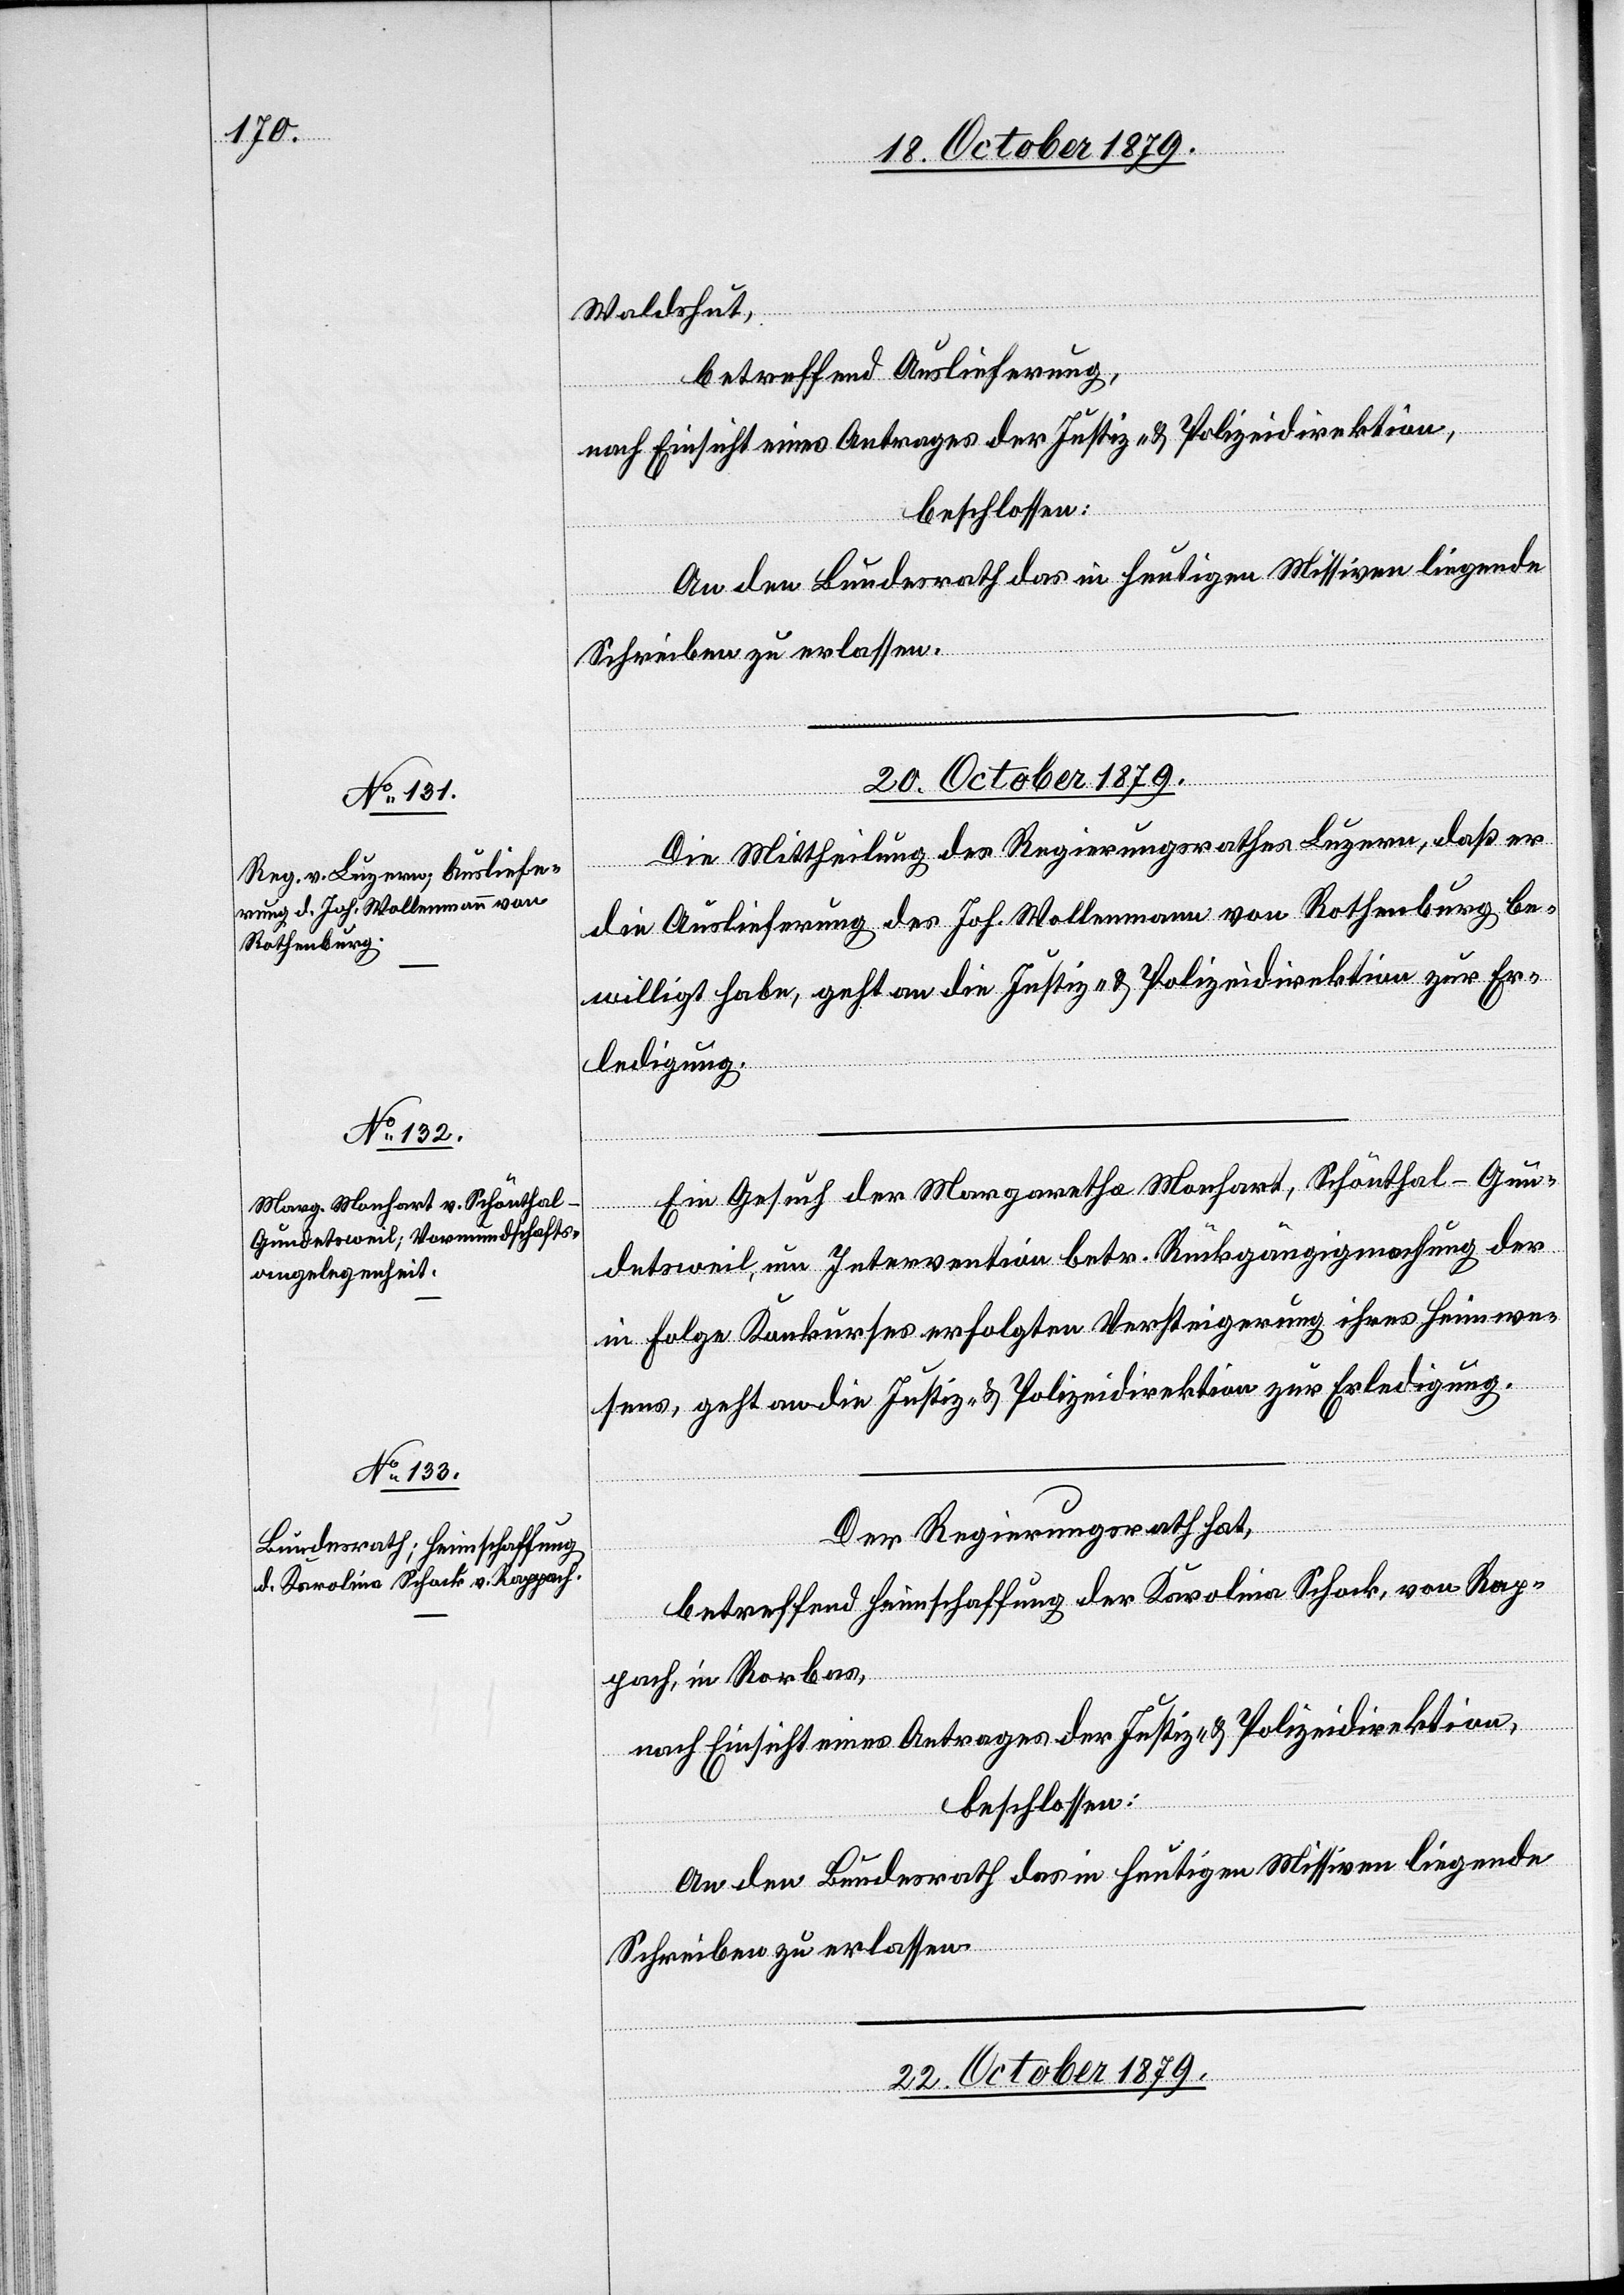
Waldshut,
betreffend Auslieferung,
nach Einsicht eines Antrages der Justiz- & Polizeidirektion,
beschlossen:
An den Bundesrath das in heutigen Missiven liegende
Schreiben zu erlassen.
20. October 1879.]
Die Mittheilung des Regierungsrathes Luzern, daß er
die Auslieferung des Joh. Wollenmann von Rothenburg be¬
willigt habe, geht an die Justiz- & Polizeidirektion zur Er¬
ledigung.
Ein Gesuch der Margaretha Manhart, Schönthal - Gun¬
detsweil, um Intervention betr. Rückgängigmachung der
in Folge Konkurses erfolgten Versteigerung ihres Heimwe¬
sens, geht an die Justiz- & Polizeidirektion zur Erledigung.
Der Regierungsrath hat,
betreffend Heimschaffung der Karolina Schock, von Rap¬
pach, Rorbas,
nach Einsicht eines Antrages der Justiz- & Polizeidirektion,
beschlossen:
An den Bundesrath das in heutigen Missiven liegenden
Schreiben zu erlassen.
22. October 1879.